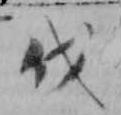
伐